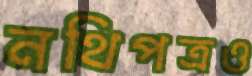
নথিপত্রও